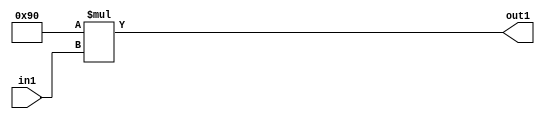
`timescale 1ps / 1ps
/*****************************************************************************
    Verilog RTL Description
    
    
    Created by: Stratus DpOpt 2019.1.01 
*******************************************************************************/

module SobelFilter_Mul2i144u8_4 (
	in1,
	out1
	); /* architecture "behavioural" */ 
input [7:0] in1;
output [15:0] out1;
wire [15:0] asc001;

assign asc001 = 
	+(16'B0000000010010000 * in1);

assign out1 = asc001;
endmodule

/* CADENCE  urn3Sws= : u9/ySgnWtBlWxVPRXgAZ4Og= ** DO NOT EDIT THIS LINE ******/